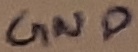
Text: GND